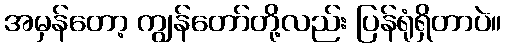
အမှန်တော့ ကျွန်တော်တို့လည်း ပြန်ရုံရှိတာပဲ။